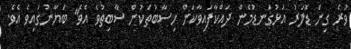
ވުރެ ގިނަ ޑޮލަރު އަޅުގަނޑުމެން ދައްކާފައިވާކަން ހިސާބުތަކުން ސާބިތުވެ އެވެ" ބަޔާނުގައިވެ އެވެ.